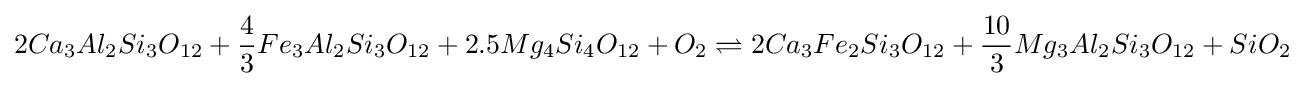
2Ca_{3}Al_{2}Si_{3}O_{12}+{\frac {4}{3}}Fe_{3}Al_{2}Si_{3}O_{12}+2.5Mg_{4}Si_{4}O_{12}+O_{2}\rightleftharpoons 2Ca_{3}Fe_{2}Si_{3}O_{12}+{\frac {10}{3}}Mg_{3}Al_{2}Si_{3}O_{12}+SiO_{2}